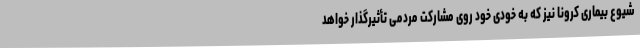
شیوع بیماری کرونا نیز که به خودی خود روی مشارکت مردمی تأثیرگذار خواهد